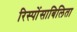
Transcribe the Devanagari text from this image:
रिस्पोंसाबिलिता